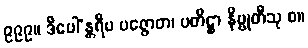
၉၉၉။ ဒီပေါ’န္တရီပ ပဇ္ဇောတ၊ ပတိဋ္ဌာ နိဗ္ဗုတီသု စ။